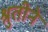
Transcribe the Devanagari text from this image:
श्रुतीने